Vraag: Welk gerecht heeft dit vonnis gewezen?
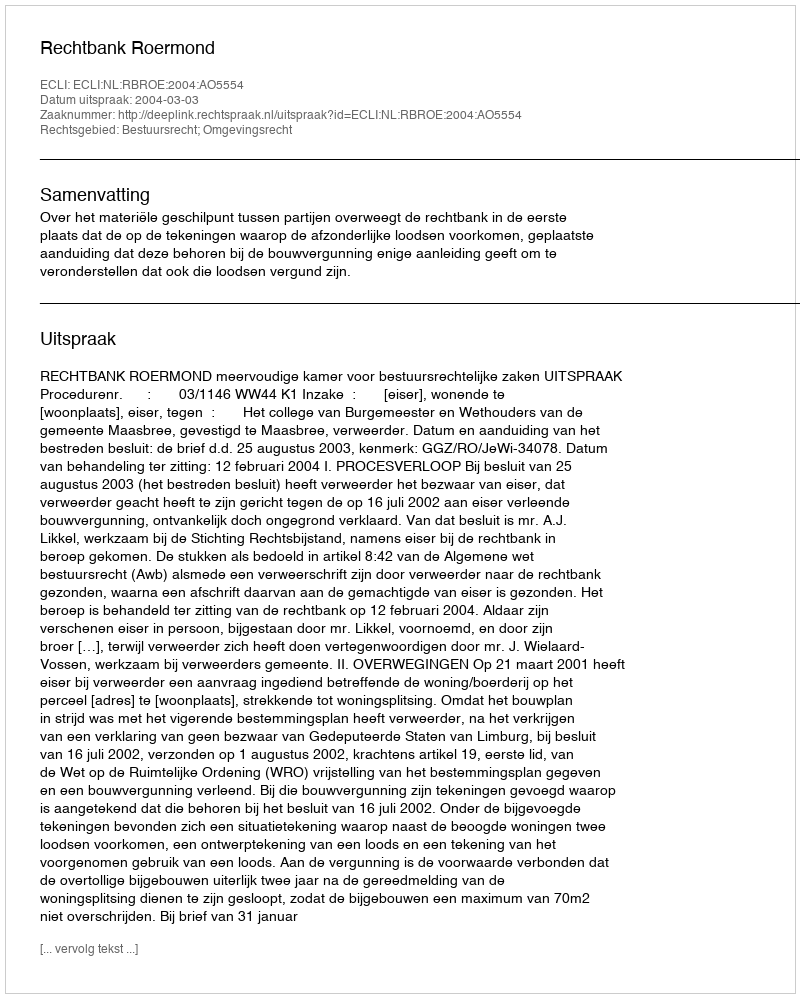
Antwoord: Rechtbank Roermond